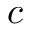
c